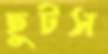
ছুটস